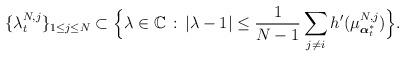
LaTeX: \begin{align*}\{\lambda_{t}^{N,j}\}_{1\leq j\leq N}\subset \Big\{\lambda\in\mathbb C\,:\,\left|\lambda-1\right|\leq \frac{1}{N-1}\sum_{j\not =i} h'(\mu^{N,j}_{\boldsymbol{\alpha}^*_t}) \Big\}.\end{align*}